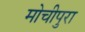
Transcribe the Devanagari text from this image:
मोचीपुरा